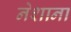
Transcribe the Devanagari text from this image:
नेशाना